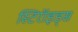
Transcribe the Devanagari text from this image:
स्टिरॉइड्स